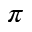
\pi